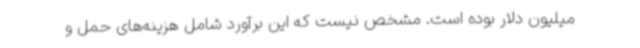
میلیون دلار بوده است. مشخص نیست که این برآورد شامل هزینه‌های حمل و